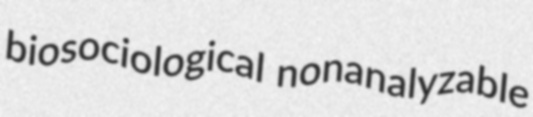
biosociological nonanalyzable